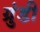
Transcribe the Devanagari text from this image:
ग्रुंडी